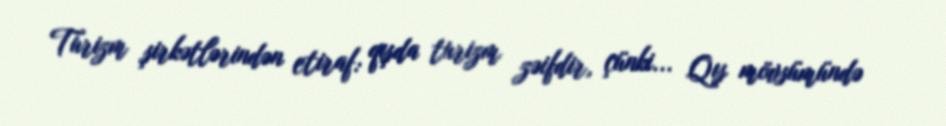
Turizm şirkətlərindən etiraf: qışda turizm zəifdir, çünki... Qış mövsümündə